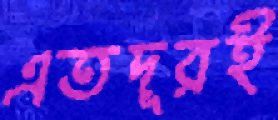
এতদূরই